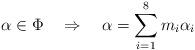
LaTeX: \begin{align*}\alpha\in\Phi\quad\Rightarrow\quad\alpha=\sum_{i=1}^8m_i\alpha_i\end{align*}